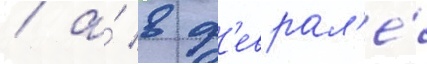
/ а́ в ф'еврал'е́